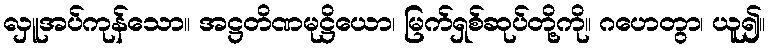
လှူအပ်ကုန်သော။ အဋ္ဌတိဏမုဋ္ဌိယော၊ မြက်ရှစ်ဆုပ်တို့ကို။ ဂဟေတွာ၊ ယူ၍။